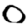
Digit: 0